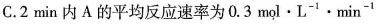
C.2 min内A的平均反应速率为0.3 \mathrm{~mol} \cdot \mathrm{L}^{-1} \cdot \mathrm{min}^{-1}